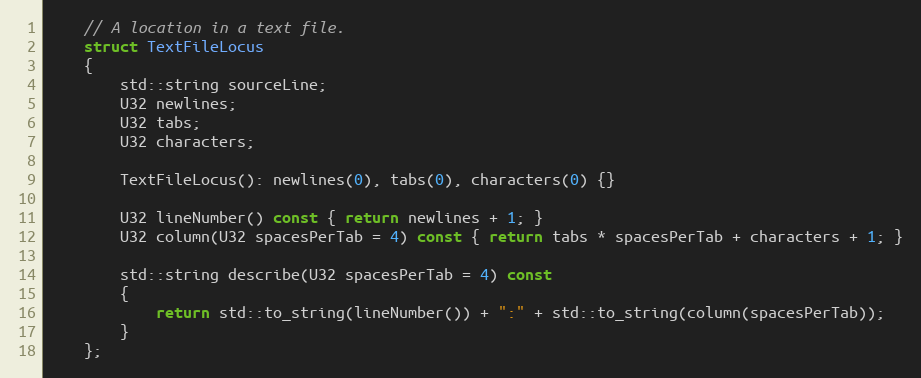
Language: C
	// A location in a text file.
	struct TextFileLocus
	{
		std::string sourceLine;
		U32 newlines;
		U32 tabs;
		U32 characters;

		TextFileLocus(): newlines(0), tabs(0), characters(0) {}

		U32 lineNumber() const { return newlines + 1; }
		U32 column(U32 spacesPerTab = 4) const { return tabs * spacesPerTab + characters + 1; }

		std::string describe(U32 spacesPerTab = 4) const
		{
			return std::to_string(lineNumber()) + ":" + std::to_string(column(spacesPerTab));
		}
	};